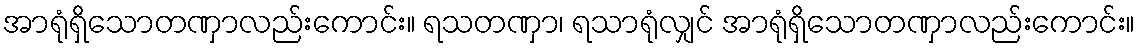
အာရုံရှိသောတဏှာလည်းကောင်း။ ရသတဏှာ၊ ရသာရုံလျှင် အာရုံရှိသောတဏှာလည်းကောင်း။